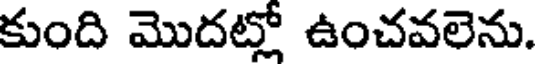
కుంది మొదట్లో ఉంచవలెను.